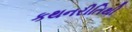
કથનરીતિથી